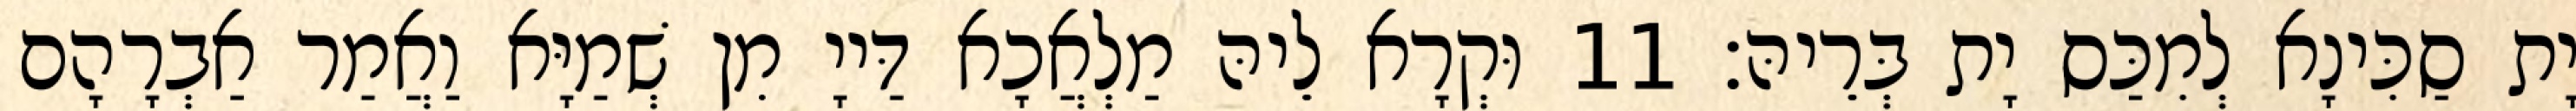
יָת סַכִּינָא לְמִכַּס יָת בְּרֵיהּ׃ 11 וּקְרָא לֵיהּ מַלְאֲכָא דַּייָ מִן שְׁמַיָּא וַאֲמַר אַבְרָהָם